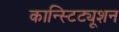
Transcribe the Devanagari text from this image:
कान्स्टिट्यूशन